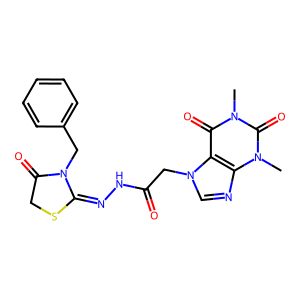
SMILES: Cn1c(=O)c2c(ncn2CC(=O)NN=C2SCC(=O)N2Cc2ccccc2)n(C)c1=O
Inhibits HIV replication: No